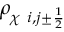
\rho _ { \chi \ i , j \pm \frac { 1 } { 2 } }